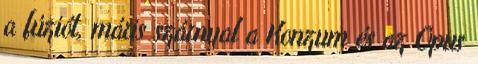
a fúziót, máris szárnyal a Konzum és az Opus